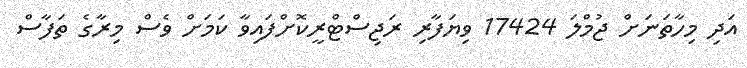
އަދި މިހާތަނަށް ޖުމްލަ 17424 ވިޔަފާރި ރަޖިސްޓްރީކޮށްފައިވާ ކަމަށް ވެސް މިރާގެ ތަފާސް